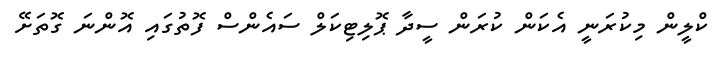
ކްލީން މިކުރަނީ އެކަން ކުރަން ސީދާ ޕޮލިޓިކަލް ސައެންސް ފޮތުގައި އޮންނަ ގޮތަށޭ